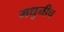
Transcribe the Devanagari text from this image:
मधुनीच